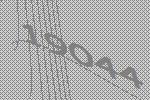
19044